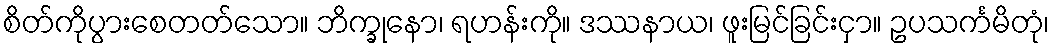
စိတ်ကိုပွားစေတတ်သော။ ဘိက္ခုနော၊ ရဟန်းကို။ ဒဿနာယ၊ ဖူးမြင်ခြင်းငှာ။ ဥပသင်္ကမိတုံ၊